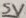
Text: 5V